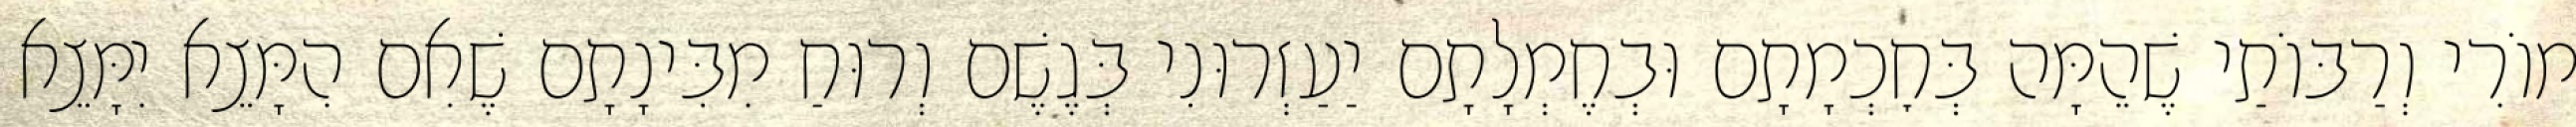
מוֹרִי וְרַבּוֹתַי שֶׁהֵמָּה בְּחׇכְמָתָם וּבְחֶמְלָתָם יַעַזְרוּנִי בְּגֶשֶׁם וְרוּחַ מִבִּינָתָם שֶׁאִם הִמָּצֵא יִמָּצֵא